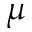
\mu